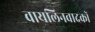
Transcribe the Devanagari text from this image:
वायलिनवादकों